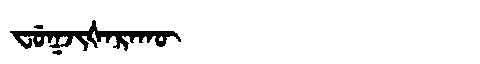
Manchu: ᠸᡠᡴᠵᡳᡧᠠᡵᠠᡴᡡ
Romanization: FUKJIŠARAKŪ